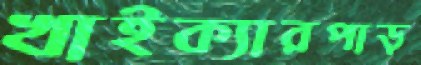
খাইক্যারপাড়